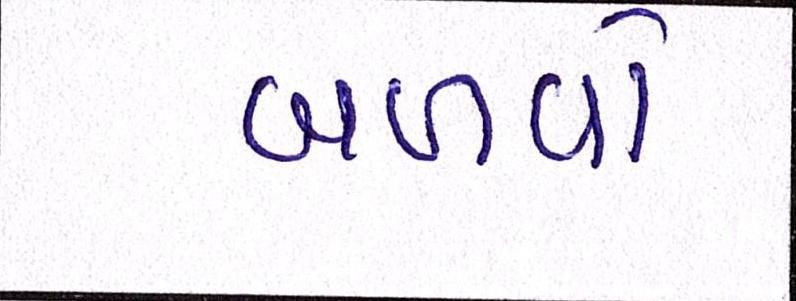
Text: બળવો